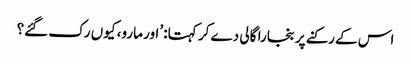
اس کے رکنے پر بنجارا گالی دے کر کہتا: ’اور مارو، کیوں رک گئے؟